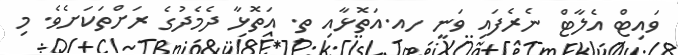
ވައިޓް އެލާޓް ނެރެފައި ވަނީ ހއ.އަތޮޅާއި ތ. އަތޮޅާ ދެމެދުގެ ރަށްތަކަށެވެ. މި